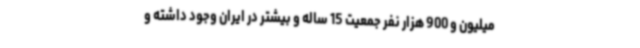
میلیون و 900 هزار نفر جمعیت 15 ساله و بیشتر در ایران وجود داشته و